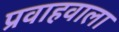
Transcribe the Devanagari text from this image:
प्रवाहवाला